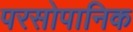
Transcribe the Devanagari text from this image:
परसोपानिक